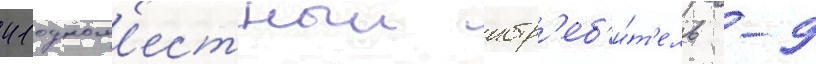
41 одном'естныи истр'еб'и́т'ель -9